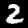
Digit: 2